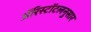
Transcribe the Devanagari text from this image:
ॲरिस्टॉटलनुसार